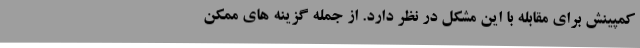
کمپینش برای مقابله با این مشکل در نظر دارد. از جمله گزینه های ممکن